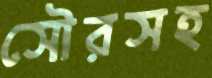
সৌরসহ